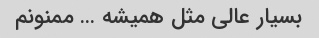
بسیار عالی مثل همیشه … ممنونم